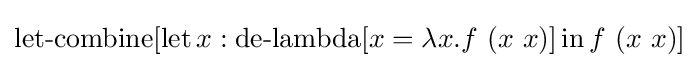
\operatorname {let-combine} [\operatorname {let} x:\operatorname {de-lambda} [x=\lambda x.f\ (x\ x)]\operatorname {in} f\ (x\ x)]